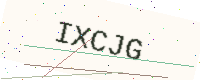
Text: IXCJG